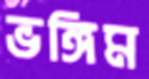
ভঙ্গিম